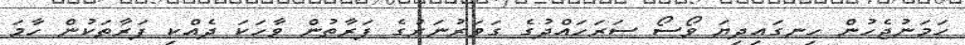
ހަމަނުޖެހުން ހިނގައިދިޔަ ވޯސޯ ސަރަހައްދުގެ ގަވަރުނަރުގެ ފަރާތުން ވާހަކަ ދެއްކި ފަރާތަކުން ހާމަ